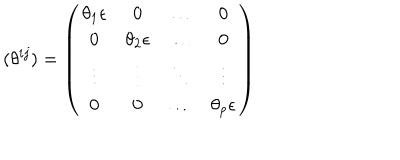
( \theta ^ { i j } ) = \left( \begin{array} { c c c c } { { \theta _ { 1 } { \bf \epsilon } } } & { { 0 } } & { { \dots } } & { { 0 } } \\ { { 0 } } & { { \theta _ { 2 } { \bf \epsilon } } } & { { \dots } } & { { 0 } } \\ { { \vdots } } & { { \vdots } } & { { \ddots } } & { { \vdots } } \\ { { 0 } } & { { 0 } } & { { \dots } } & { { \theta _ { p } { \bf \epsilon } } } \\ \end{array} \right)